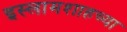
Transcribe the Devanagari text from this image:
इस्लामशाहच्या